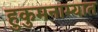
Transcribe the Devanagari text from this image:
हुकुमनाम्यात